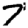
Digit: 7